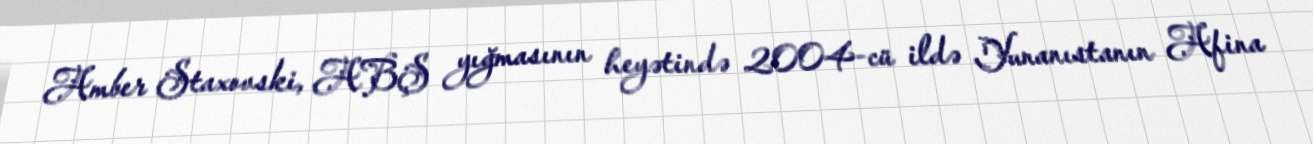
Amber Staxovski, ABŞ yığmasının heyətində 2004-cü ildə Yunanıstanın Afina